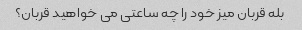
بله قربان میز خود را چه ساعتی می خواهید قربان؟